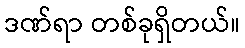
ဒဏ်ရာ တစ်ခုရှိတယ်။